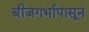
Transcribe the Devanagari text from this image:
बीजगर्भापासून